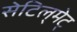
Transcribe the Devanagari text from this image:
सेटिल्‌मेट्